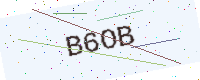
Text: B6OB